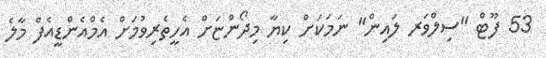
53 ފޫޓް "ސިލްވަރ ލައިން" ނަމަކަށް ކިޔާ މިދޯންޏަށް އެހީތެރިވުމަށް އެމްއެންޑީއެފް މާލެ